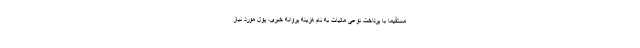
مستقیما با پرداخت نوعی مالیات به نام هزینه پروانه خبری، پول مورد نیاز